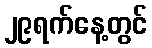
၂၉ရက်နေ့တွင်